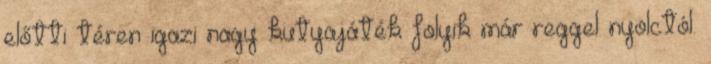
előtti téren igazi nagy kutyajáték folyik már reggel nyolctól.